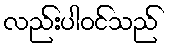
လည်းပါဝင်သည်